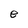
Character: e